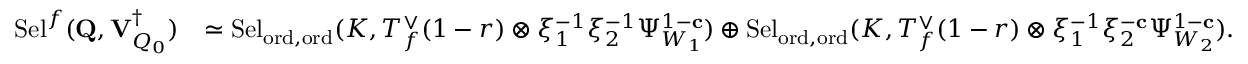
\begin{array} { r l } { \mathrm { S e l } ^ { { \boldsymbol { f } } } ( \mathbf { Q } , { \mathbf { V } _ { Q _ { 0 } } ^ { \dagger } } ) } & { \simeq \mathrm { S e l } _ { { \mathrm { o r d } , \mathrm { o r d } } } ( K , T _ { f } ^ { \vee } ( 1 - r ) \otimes \xi _ { 1 } ^ { - 1 } \xi _ { 2 } ^ { - 1 } \Psi _ { W _ { 1 } } ^ { 1 - \mathbf { c } } ) \oplus \mathrm { S e l } _ { { \mathrm { o r d } , \mathrm { o r d } } } ( K , T _ { f } ^ { \vee } ( 1 - r ) \otimes \xi _ { 1 } ^ { - 1 } \xi _ { 2 } ^ { - \mathbf { c } } \Psi _ { W _ { 2 } } ^ { 1 - \mathbf { c } } ) . } \end{array}